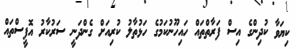
ކިޔަވާ ކުދިންގެ އިސް ފަރާތްތައް ހައިހޫނުކަމުގެ ހަޅުތާލު ކުރިއަށް ގެންދަނީ ސަރުކާރު އޮފީސްތައް